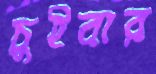
চুইবার